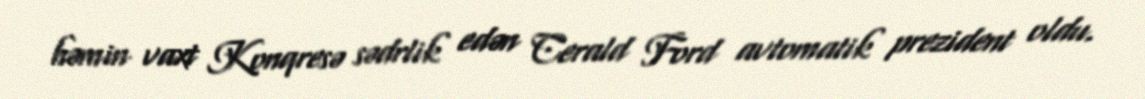
həmin vaxt Konqresə sədrlik edən Cerald Ford avtomatik prezident oldu.